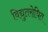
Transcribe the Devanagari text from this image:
विद्युतरोधित